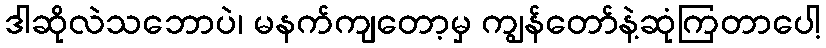
ဒါဆိုလဲသဘောပဲ၊ မနက်ကျတော့မှ ကျွန်တော်နဲ့ဆုံကြတာပေါ့